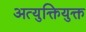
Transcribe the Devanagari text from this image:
अत्युक्तियुक्त